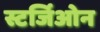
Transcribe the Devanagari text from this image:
स्टर्जिओन